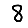
Digit: 8